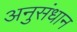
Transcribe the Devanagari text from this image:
अनुसंधान